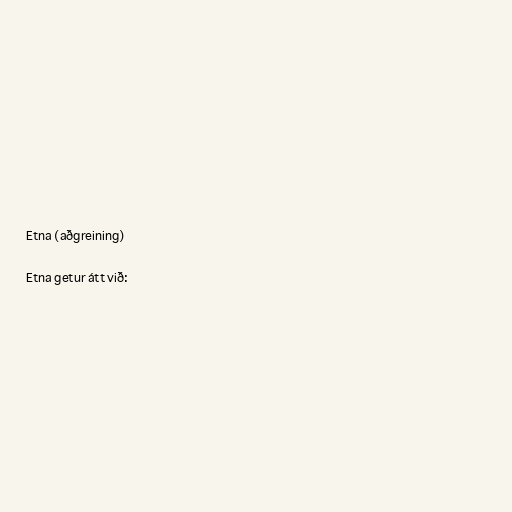
Etna (aðgreining)

Etna getur átt við: